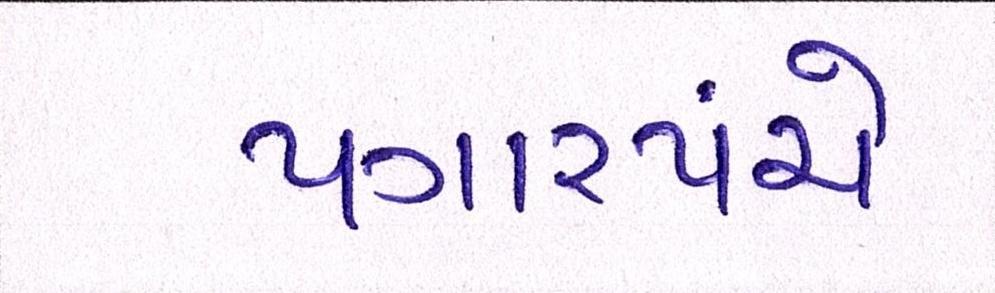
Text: પગારપંચે